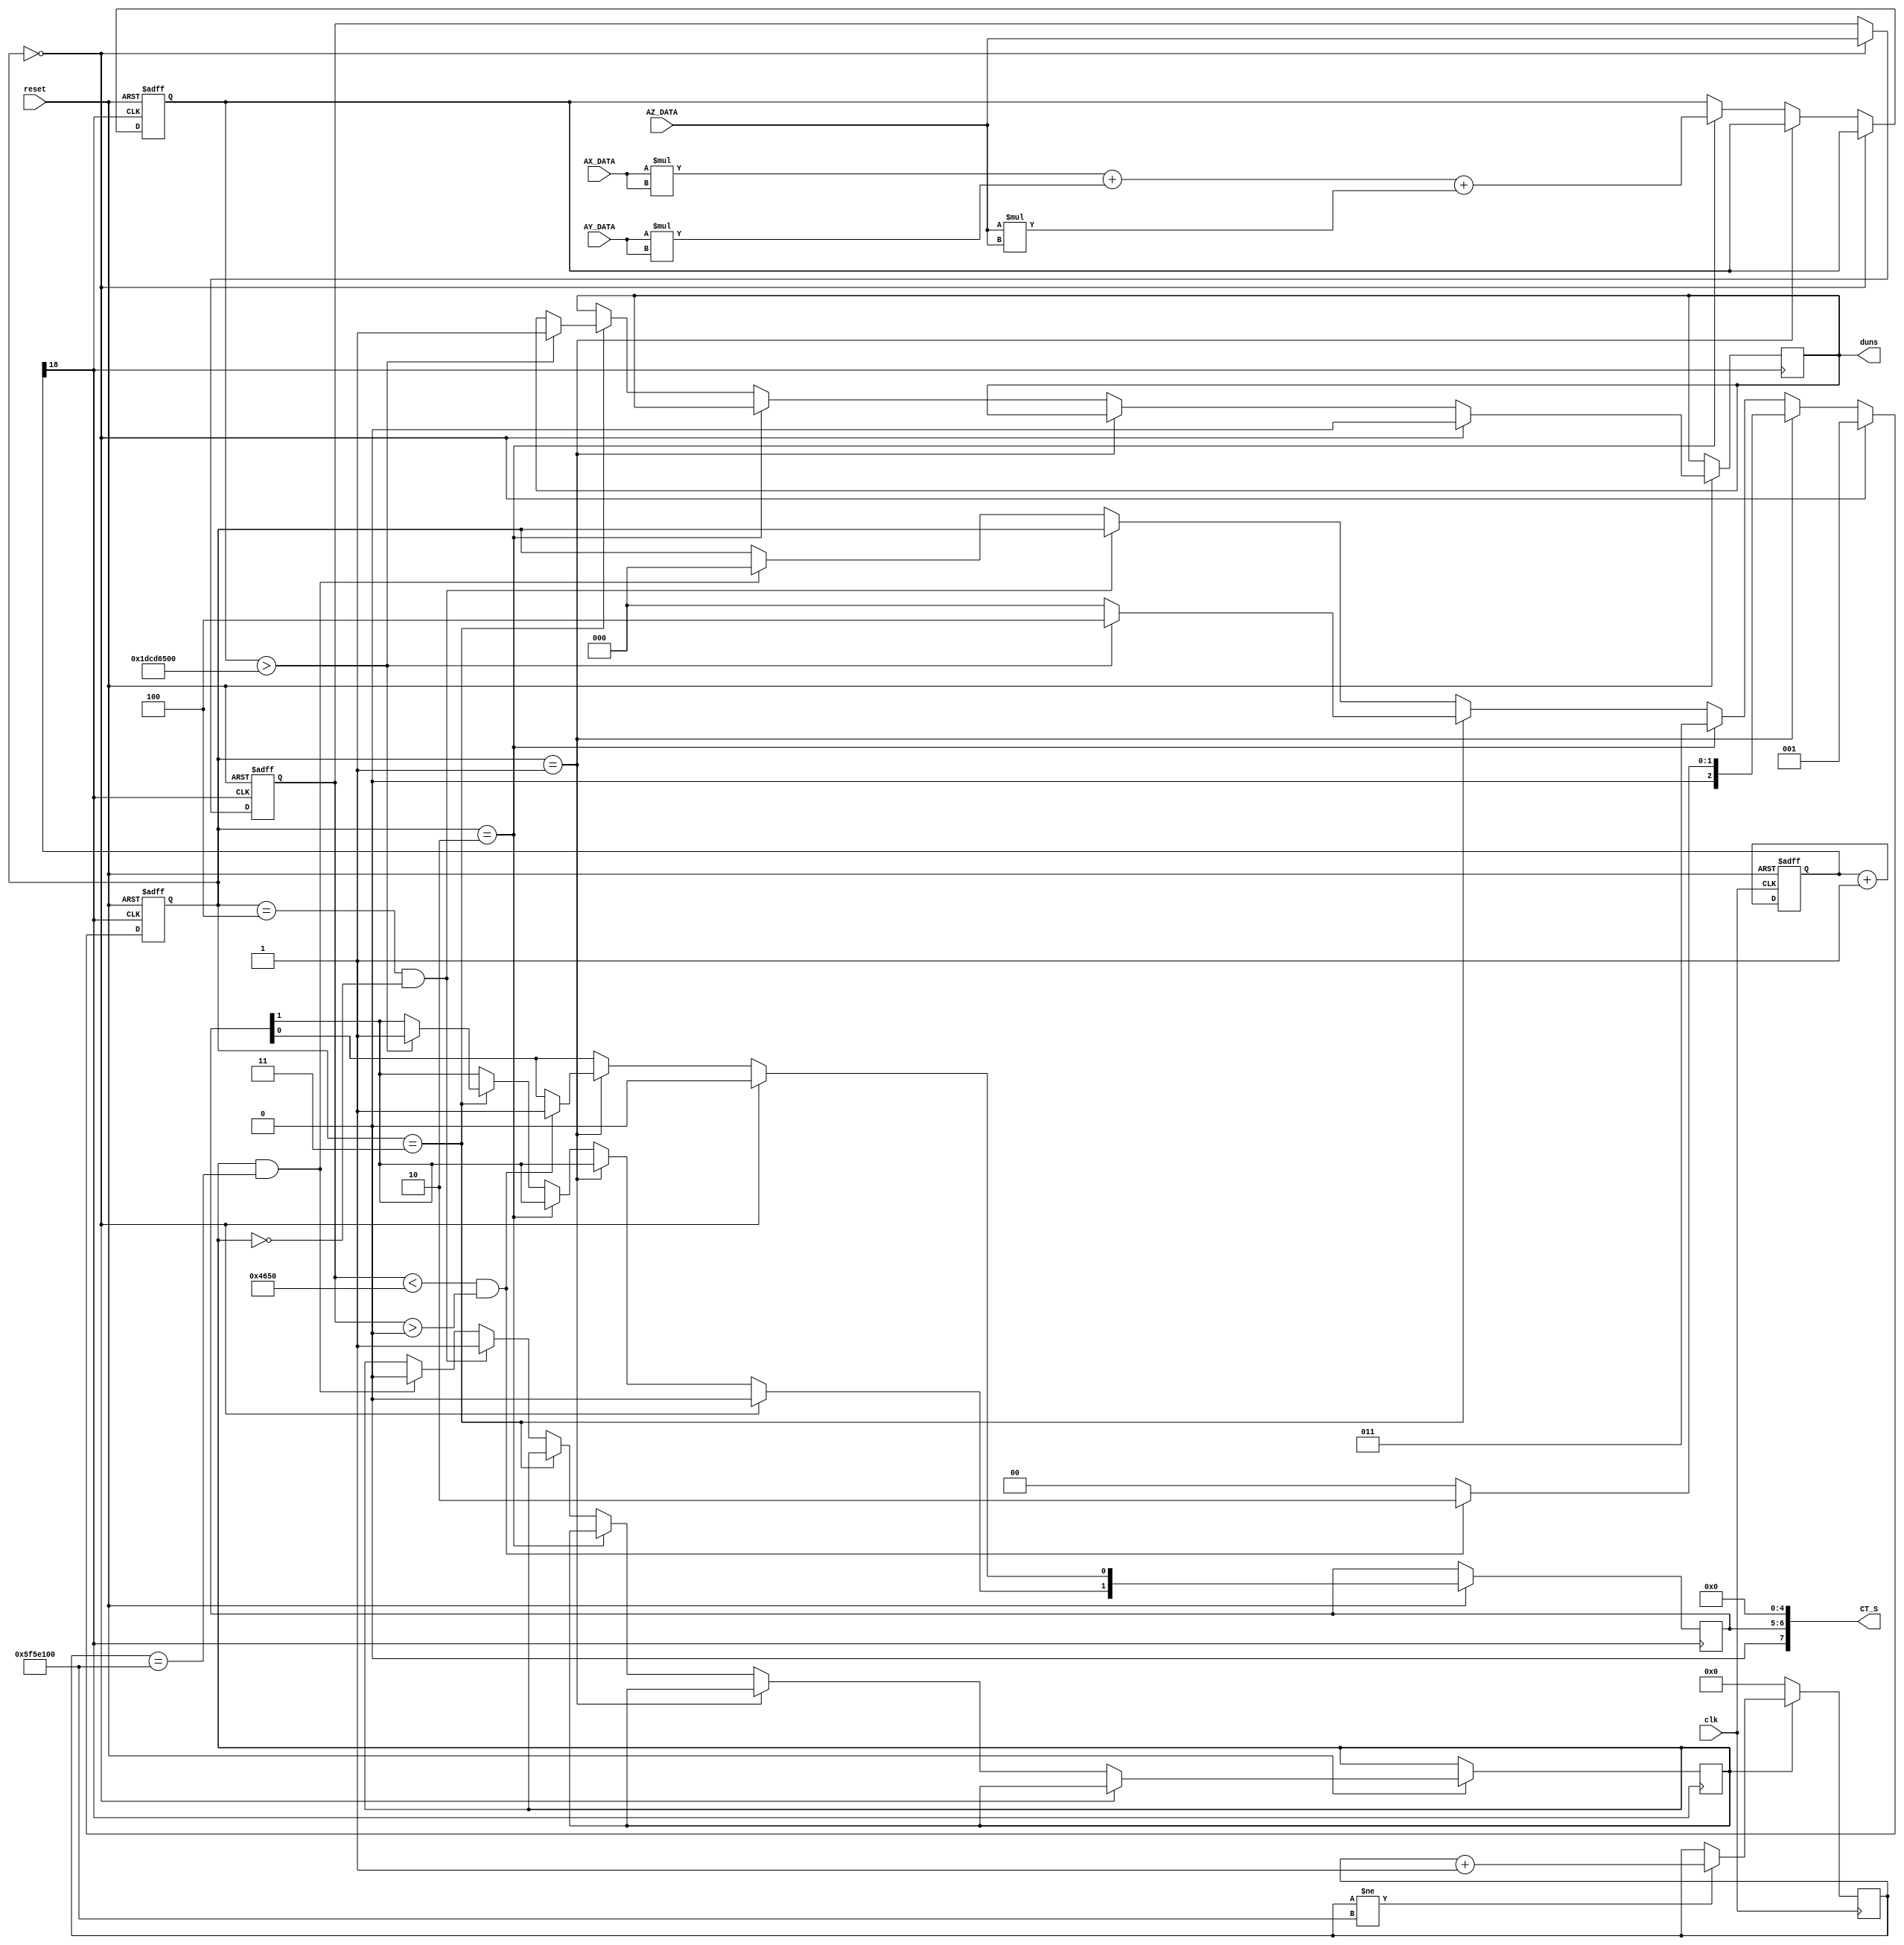
module DUN(
	input clk,
	input reset,
	input signed [15:0] AX_DATA,
	input signed [15:0] AY_DATA,
	input signed [15:0] AZ_DATA,
	//input signed [15:0] GZ_DATA,
	output reg[7:0] CT_S,
	output reg duns
);

//分频器
reg[18:0] count;

always @ (posedge clk,negedge reset)
	if(!reset)
		begin
			count<=0;
		end
	else
		begin
			count<=count+1'b1;
		end

wire key_clk=count[18];				//f=50MHz/2^20=47Hz T=21ms
//分频器结束

//设定阈值
reg signed [15:0] T_GRAVITY; //z轴重力加速度阈值1
reg [31:0] T_SVM_2;	//SVM阈值
reg signed [15:0] T_AXG;	//x轴重力加速度阈值
reg signed [15:0] T_AZG; //z轴重力加速度阈值2
reg signed [15:0] T_AYG; //z轴重力加速度阈值2

//存储计算值
reg signed [15:0] GRAVITY; 
reg [31:0] SVM_2;	
reg signed [15:0] AXG;
reg signed [15:0] AZG;	
reg signed [15:0] AYG;	

reg [2:0] state;//存储状态
wire time_done;//计时
reg trigger;

initial
	begin
	T_GRAVITY<=18000; 
	//T_GRAVITY<=8200; 
	T_SVM_2<=500000000;	
	T_AXG <= 10000;
	T_AZG <= 3000;
	T_AYG <= 10000;
	GRAVITY<=30; 
	SVM_2<=0;	
	//ANGLE<=0;	
	state<=0;
	duns <= 0;
	/*C_S[0]<=AZ_DATA[8];
	C_S[1]<=AZ_DATA[9];
	C_S[2]<=AZ_DATA[10];
	C_S[3]<=AZ_DATA[11];
	C_S[4]<=AZ_DATA[12];
	C_S[5]<=AZ_DATA[13];
	C_S[6]<=AZ_DATA[14];
	C_S[7]<=AZ_DATA[15];*/
	CT_S<=0;
	//CT_SS <= 0;
	end
	
always @(posedge key_clk,negedge reset)
begin
	if(!reset)
		begin
		GRAVITY<=0; 
		SVM_2<=0;	
		//ANGLE<=0;	
		state<=0;
		//CT_S<=0;
		end
	else if(state == 3'b000)
			begin
			/*C_S[0]<=AZ_DATA[0];
			C_S[1]<=AZ_DATA[1];
			C_S[2]<=AZ_DATA[2];
			C_S[3]<=AZ_DATA[3];
			C_S[4]<=AZ_DATA[4];*/
			CT_S[5]<=0;
			CT_S[6]<=0;
			//CT_S[7]<=0;
			//C_S0 <= 0;
			duns <= 0;
			GRAVITY <= AZ_DATA;
			state <= 3'b001;
			end
			else if(state == 3'b001)
					begin
					if(GRAVITY < T_GRAVITY && GRAVITY > 0)
						begin
						state <= 3'b010;//010
						CT_S[5]<=1;
						end
					else 
					state <= 3'b000;
					end
					else if(state == 3'b010)
							begin
							//C_S[6]<=1;
							SVM_2 <= AX_DATA*AX_DATA+AY_DATA*AY_DATA+AZ_DATA*AZ_DATA;
							state <= 3'b011;
							end
							else if(state == 3'b011)
									begin
									if(SVM_2 > T_SVM_2)
										begin
										state <= 3'b100;
										//C_S[2]<=1;
										CT_S[6] <= 1;
										duns<=1;
										end
									else 
									state <= 3'b000;
									end
									else if(state == 3'b100 && trigger == 0)
											begin
											trigger <= 1;
											
											end
											else if(trigger == 1 && count_done == 1)
												begin
														trigger <= 0;
														state <= 3'b000;
												end
												else
													begin
													end
end

//计时两秒模块
reg [32:0] timer_count;					

always @ (posedge clk)
begin
	if(!trigger)
		timer_count<=0;
	else if(timer_count != 100000000)
				timer_count<=timer_count+1;
			else
				timer_count <= timer_count;
end
			
assign count_done =(timer_count == 100000000);
	
endmodule